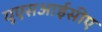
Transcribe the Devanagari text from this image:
यूएसआईसीए